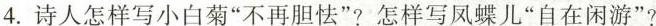
4. 诗人怎样写小白菊”不再胆怯”?怎样写凤蝶儿”自在闲游”?